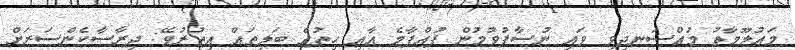
މައުލޫމާތު މުއްސަނދިވި ވައި ނުސާފުވުމުން ފުއްޕާމެ އާއި ހިތުގެ ބަލިތައް އިތުރުވޭ: ދިރާސާކެންސަރަށް